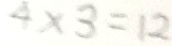
4 \times 3 = 1 2